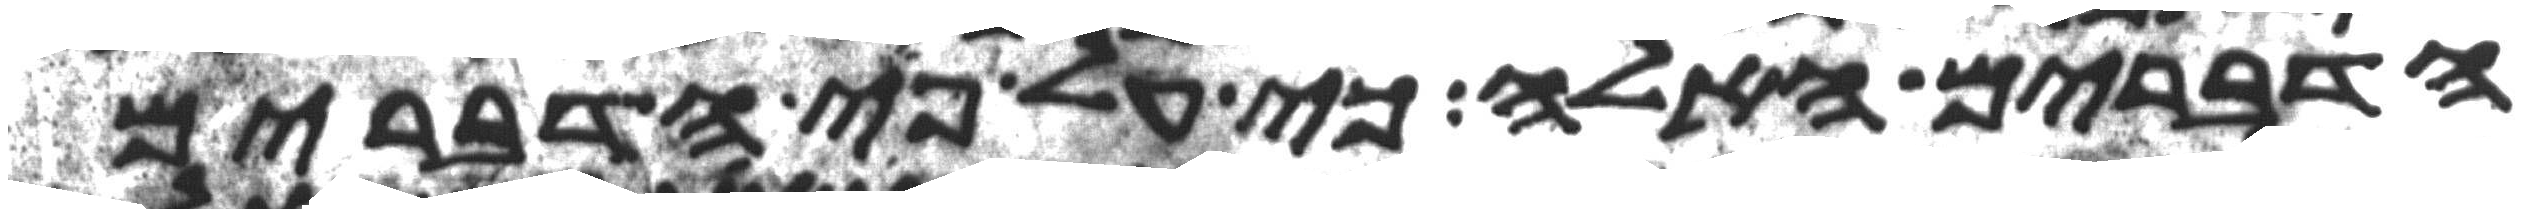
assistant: הדברים האלה כי על פי הדברים